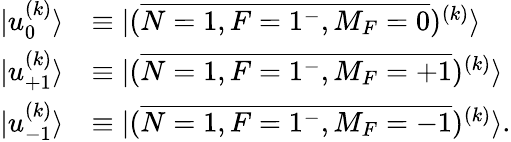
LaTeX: \begin{array}{rl}{|u_{0}^{(k)}\rangle}&{\equiv|(\overline{{N=1,F=1^{-},M_{F}=0}})^{(k)}\rangle}\\ {|u_{+1}^{(k)}\rangle}&{\equiv|(\overline{{N=1,F=1^{-},M_{F}=+1}})^{(k)}\rangle}\\ {|u_{-1}^{(k)}\rangle}&{\equiv|(\overline{{N=1,F=1^{-},M_{F}=-1}})^{(k)}\rangle.}\end{array}